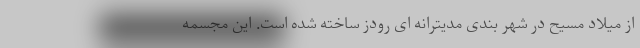
از میلاد مسیح در شهر بندی مدیترانه ای رودز ساخته شده است. این مجسمه